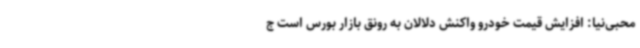
محبی‌نیا: افزایش قیمت خودرو واکنش دلالان به رونق بازار بورس است ج